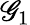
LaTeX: \mathscr{G}_{1}